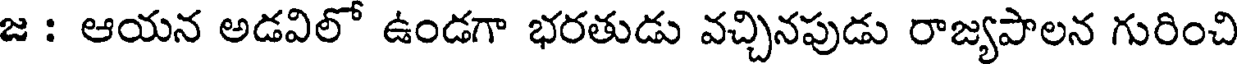
జ : ఆయన అడవిలో ఉండగా భరతుడు వచ్చినపుడు రాజ్యపాలన గురించి